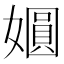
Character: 𫱾